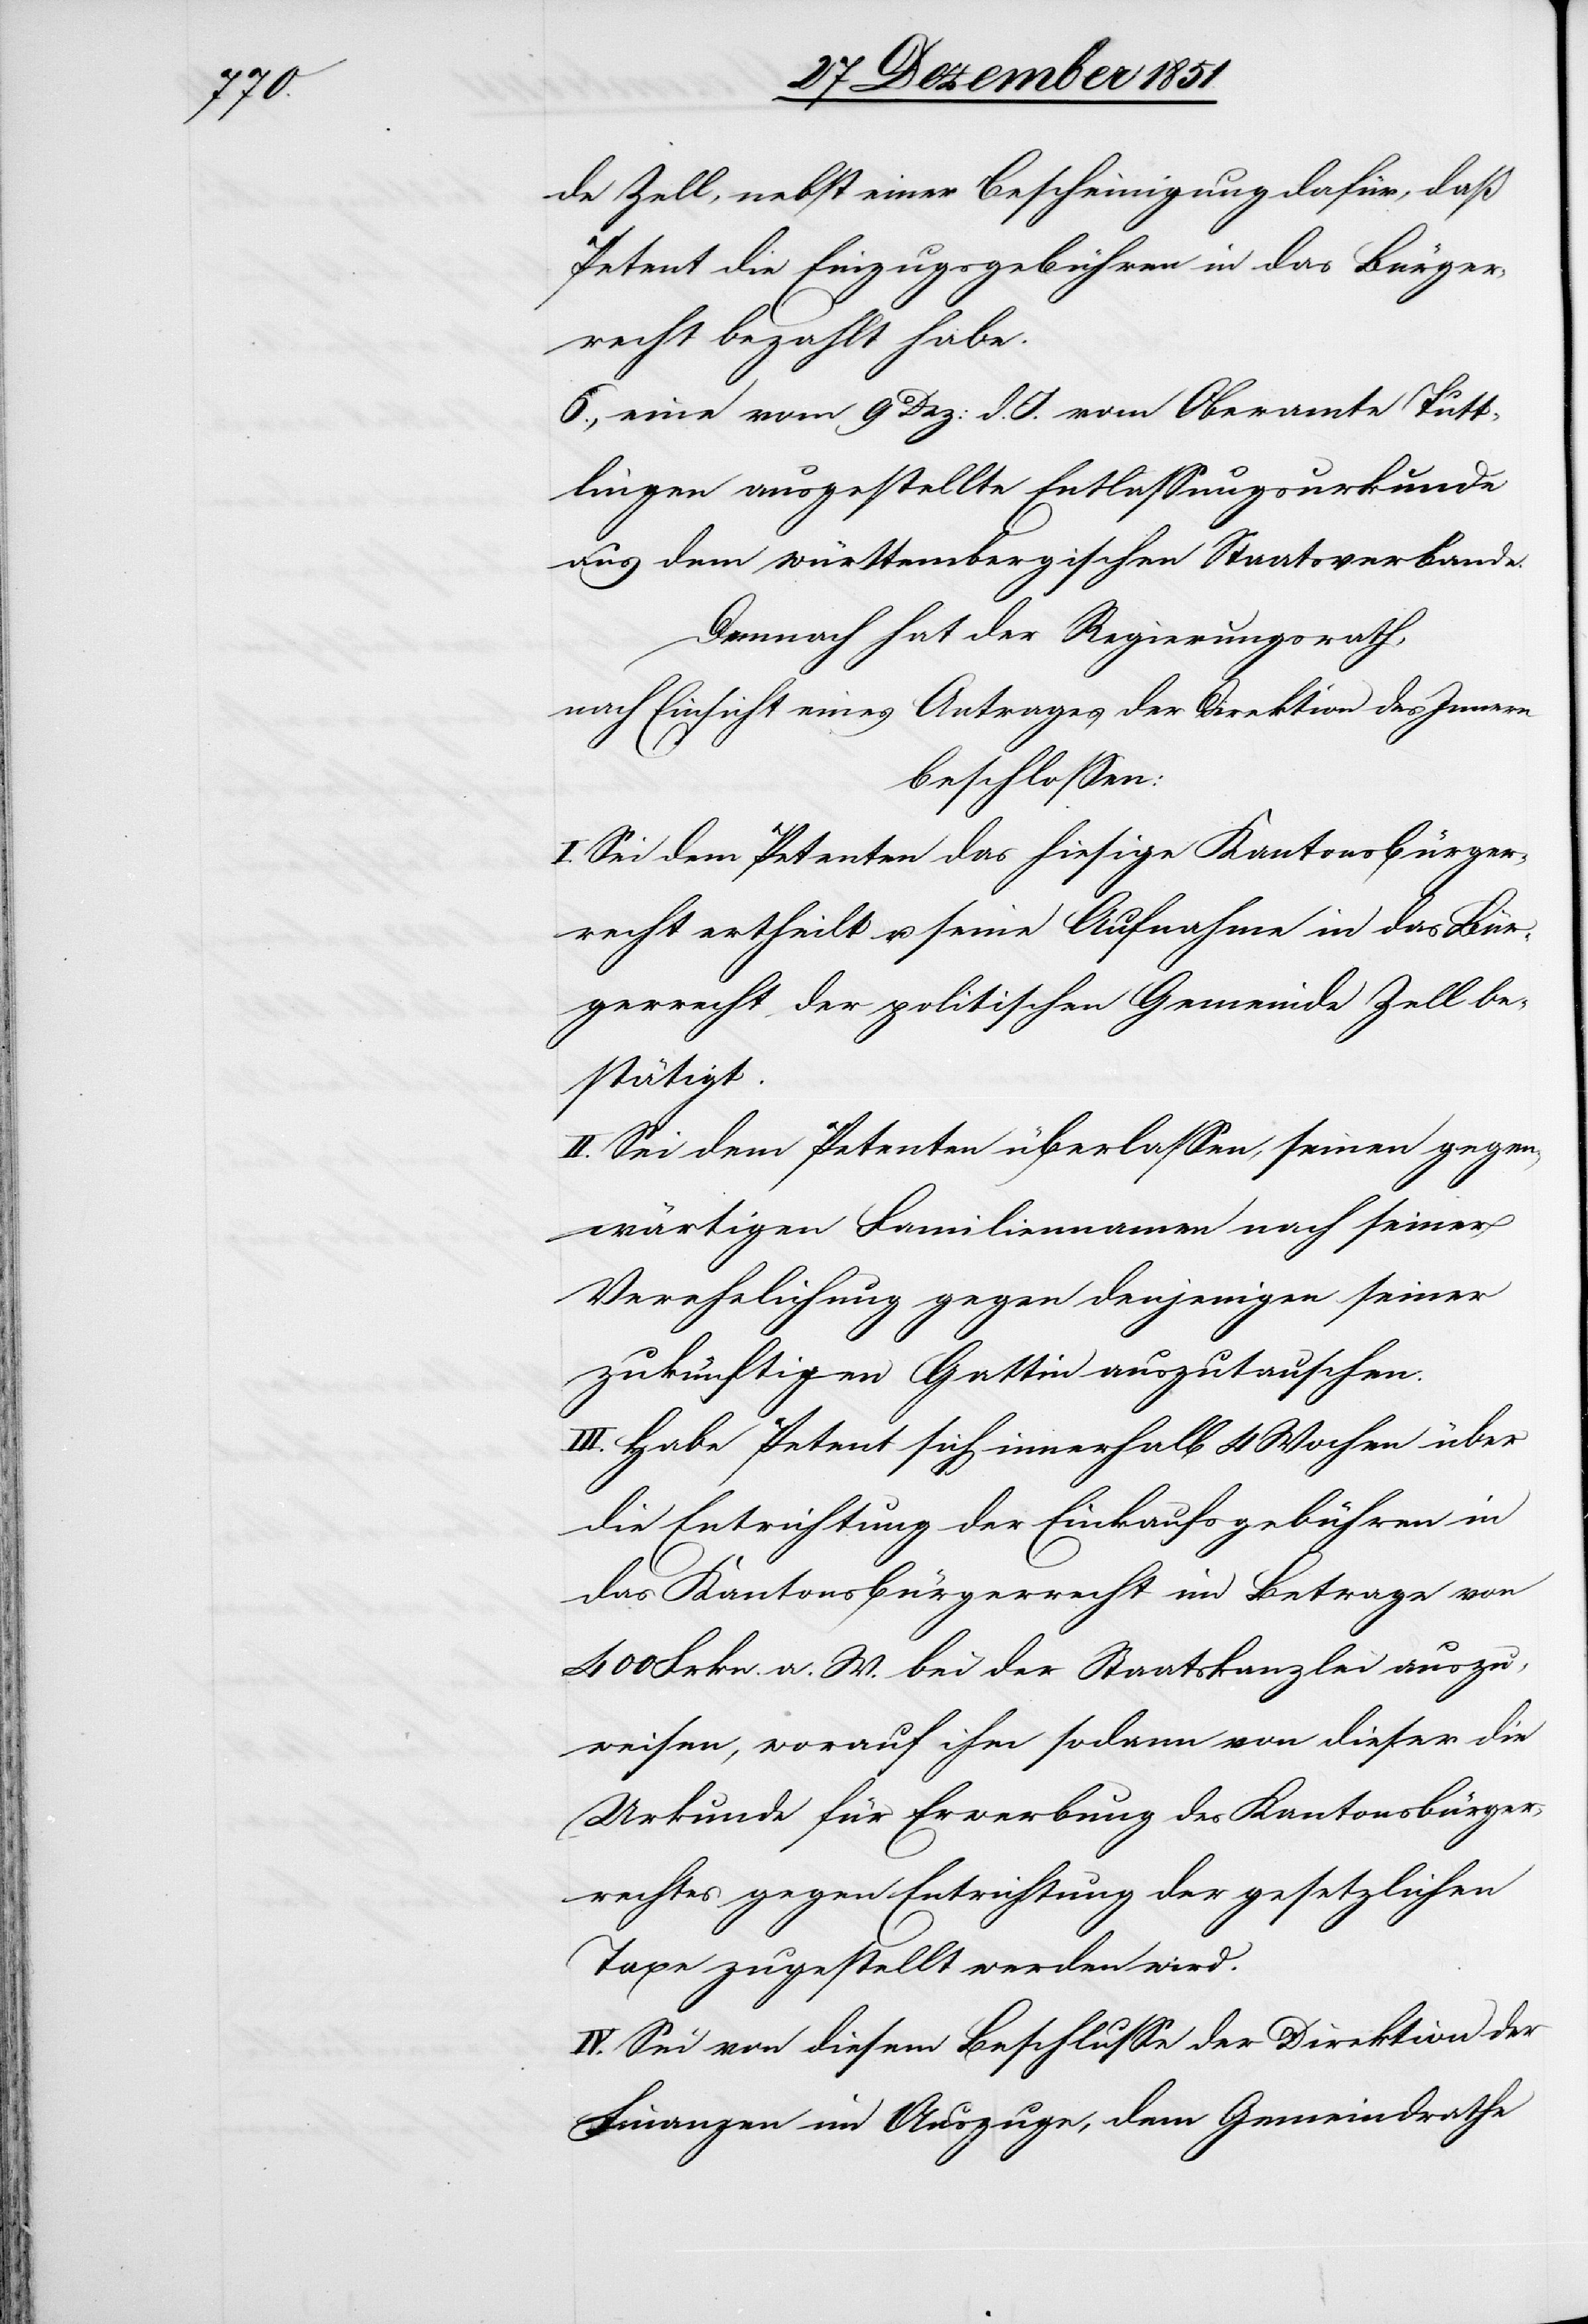
de Zell, nebst einer Bescheinigung dafür, daß
Petent die Einzugsgebühren in das Bürger¬
recht bezahlt habe.
6., eine vom 9 Dez: d. J. vom Oberamte Tutt¬
lingen ausgestellte Entlassungsurkunde
aus dem württembergischen Staatsverbande.
Demnach hat der Regierungsrath,
nach Einsicht eines Antrages der Direktion des Innern
beschlossen:
I. Sei dem Petenten das hiesige Kantonsbürger¬
recht ertheilt u. seine Aufnahme in das Bür¬
gerrecht der politischen Gemeinde Zell be¬
stätigt.
II. Sei dem Petenten überlassen, seinen gegen¬
wärtigen Familiennamen nach seiner
Verehelichung gegen denjenigen seiner
zukünftigen Gattin auszutauschen.
III. Habe Petent sich innerhalb 4 Wochen über
die Entrichtung der Einkaufsgebühren in
das Kantonsbürgerrecht im Betrage von
400 Frkn. a. W. bei der Staatskanzlei auszu¬
weisen, worauf ihm sodann von dieser die
Urkunde für Erwerbung des Kantonsbürger¬
rechtes gegen Entrichtung der gesetzlichen
Taxe zugestellt werden wird.
IV. Sei von diesem Beschlusse der Direktion der
Finanzen im Auszuge, dem Gemeindrathe